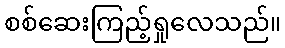
စစ်ဆေးကြည့်ရှုလေသည်။